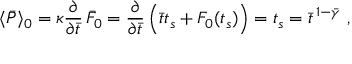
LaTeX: \langle \bar { P } \rangle _ { 0 } = \kappa { \frac { \partial } { \partial \bar { t } } } \, \bar { F } _ { 0 } = { \frac { \partial } { \partial \bar { t } } } \, \Bigl ( \bar { t } t _ { s } + F _ { 0 } ( t _ { s } ) \Bigr ) = t _ { s } = \bar { t } ^ { \, 1 - \bar { \gamma } } \ ,